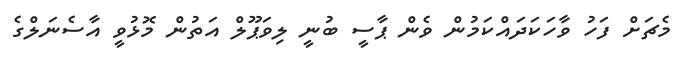
މެޗަށް ފަހު ވާހަކަދައްކަމުން ވެން ޕާސީ ބުނީ ލިވަޕޫލް އަތުން މޮޅުވީ އާސެނަލްގެ